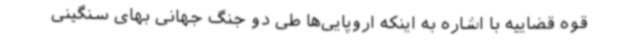
قوه‌ قضاییه با اشاره به اینکه اروپایی‌ها طی دو جنگ جهانی بهای سنگینی